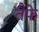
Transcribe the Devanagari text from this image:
तैफे